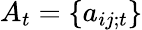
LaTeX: A_{t}=\{ a_{ij;t}\}